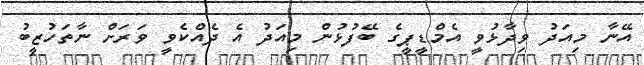
އޭނާ މިއަދު ވިދާޅުވީ އެމްޑީޕީގެ ބޭފުޅުން މިއަދު އެ ދެއްކެވީ ވަރަށް ނާތަހުޒީބު